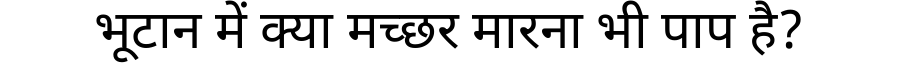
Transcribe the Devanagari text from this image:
भूटान में क्या मच्छर मारना भी पाप है?